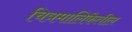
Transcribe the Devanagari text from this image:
चित्रमालिकेतील